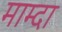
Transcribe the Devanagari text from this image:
माम्दा